Report of the Indian Hemp Drugs Commission, 1894-1895 - Volume VI
Year: 1894
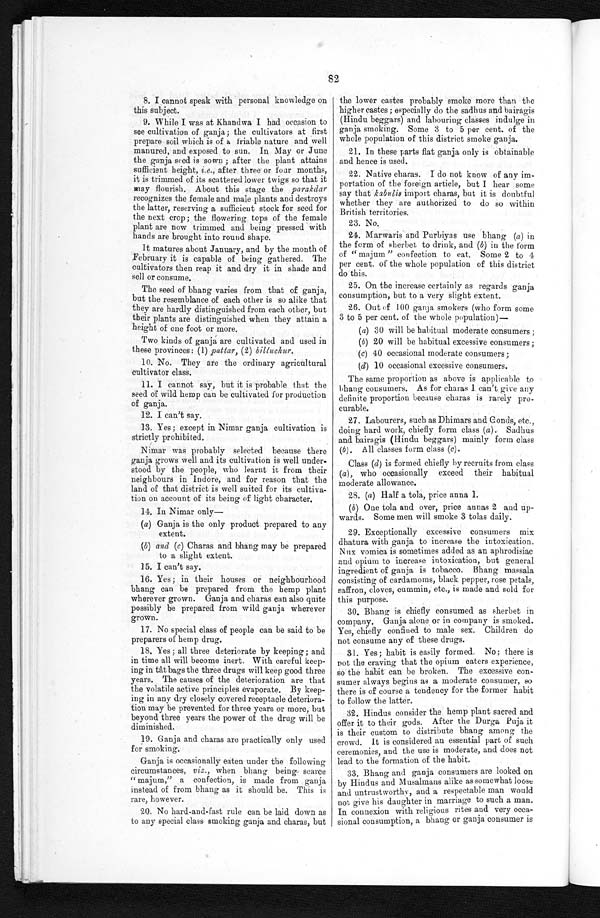
82
8. I cannot speak with personal knowledge on
this subject.
9. While I was at Khandwa I had occasion to
see cultivation of ganja; the cultivators at first
prepare soil which is of a friable nature and well
manured, and exposed to sun. In May or June
the ganja seed is sown ; after the plant attains
sufficient height, i.e. , after three or four months,
it is trimmed of its scattered lower twigs so that it
may flourish. About this stage the parakdar
recognizes the female and male plants and destroys
the latter, reserving a sufficient stock for seed for
the next crop; the flowering tops of the female
plant are now trimmed and being pressed with
hands are brought into round shape.
It matures about January, and by the month of
February it is capable of being gathered. The
cultivators then reap it and dry it in shade and
sell or consume.
The seed of bhang varies from that of ganja,
but the resemblance of each other is so alike that
they are hardly distinguished from each other, but
their plants are distinguished when they attain a
height of one foot or more.
Two kinds of ganja are cultivated and used in
these provinces: (1) pattar, (2) billuchur.
10. No. They are the ordinary agricultural
cultivator class.
11. I cannot say, but it is probable that the
seed of wild hemp can be cultivated for production
of ganja.
12. I can't say.
13. Yes ; except in Nimar ganja cultivation is
strictly prohibited.
Nimar was probably selected because there
ganja grows well and its cultivation is well under-
stood by the people, who learnt it from their
neighbours in Indore, and for reason that the
land of that district is well suited for its cultiva-
tion on account of its being of light character.
14. In Nimar only
(a) Ganja is the only product prepared to any
extent.
(b) and (c) Charas and bhang may be prepared
to a slight extent.
15. I can't say.
16. Yes; in their houses or neighbourhood
bhang can be prepared from the hemp plant
wherever grown. Ganja and charas can also quite
possibly be prepared from wild ganja wherever
grown.
17. No special class of people can be said to be
preparers of hemp drug.
18. Yes ; all three deteriorate by keeping; and
in time all will become inert. With careful keep-
ing in tât bags the three drugs will keep good three
years. The causes of the deterioration are that
the volatile active principles evaporate. By keep-
ing in any dry closely covered receptacle deteriora-
tion may be prevented for three years or more, but
beyond three years the power of the drug will be
diminished.
19. Ganja and charas are practically only use
for smoking.
Ganja is occasionally eaten under the following
circumstances, viz., when bhang being scar
c e " m a j u m , " a c o n f e c t i o n , i s m a d e f r o m g a n j a
instead of from bhang as it should be. This is
rare, however.
20. No hard-and-fast rule can be laid down as
to any special class smoking ganja and charas, but
the lower castes probably smoke more than the
higher castes; especially do the sadhus and bairagis
(Hindu beggars) and labouring classes indulge in
ganja smoking. Some 3 to 5 per cent. of the
whole population of this district smoke ganja.
21. In these parts flat ganja only is obtainable
and hence is used.
22. Native charas. I do not know of any im-
portation of the foreign article, but I hear some
say that kabulis import charas, but it is doubtful
whether they are authorized to do so within
British territories.
23. No.
24. Marwaris and Purbiyas use bhang (a) in
the form of sherbet to drink, and (b) in the form
" majum " confection to eat. Some 2 to 4
per cent. of the whole population of this district
do this.
25. On the increase certainly as regards ganja
consumption, but to a very slight extent.
26. Out (f 100 ganja, smokers (who form some
3 to 5 per cent. of the whole population)
(a) 30 will be habitual moderate consumers ;
(b) 20 will be habitual excessive consumers;
(c) 40 occasional moderate consumers;
(d) 10 occasional excessive consumers.
The same proportion as above is applicable to
bhang consumers. As for charas I can't give any
definite proportion because charas is rarely pro-
curable.
27. Labourers, such as Dhimars and Gonds, etc.,
doing hard work, chiefly form class ( a). Sadhus
and bairagis (Hindu beggars) mainly form class
(b). All classes form class (c).
Class (d) is formed chiefly by recruits from class
( a ), who occasionally exceed their habitual
moderate allowance.
28. (a) Half a tola, price anna 1.
(b) One tola and over, price annas 2 and up-
wards. Some men will smoke 3 tolas daily.
29. Exceptionally excessive consumers mix
dhatura with ganja to increase the intoxication.
Nux vomica is sometimes added as an aphrodisiac
and opium to increase intoxication, but general
ingredient of ganja is tobacco. Bhang massala
consisting of cardamoms, black pepper, rose petals,
saffron, cloves, cummin, etc., is made and sold for
this purpose.
30. Bhang is chiefly consumed as sherbet in
company. Ganja alone or in company is smoked.
Yes, chiefly confined to male sex. Children do
not consume any of these drugs.
31. Yes; habit is easily formed. No; there is
not the craving that the opium eaters experience,
so the habit can be broken. The excessive con-
sumer always begins as a moderate consumer, so
there is of course a tendency for the former habit
to follow the latter.
32. Hindus consider the hemp plant sacred and
offer it to their gods. After the Durga Puja it
is their custom to distribute bhang among the
crowd. It is considered an essential part of such
ceremonies, and the use is moderate, and does not
lead to the formation of the habit.
33. Bhang and ganja consumers are looked on
by Hindus and Musalmans alike as somewhat loose
and untrustworthy, and a respectable man would
not give his daughter in marriage to such a man.
In connexion with religious rites and very occa-
sional consumption, a bhang or ganja consumer is